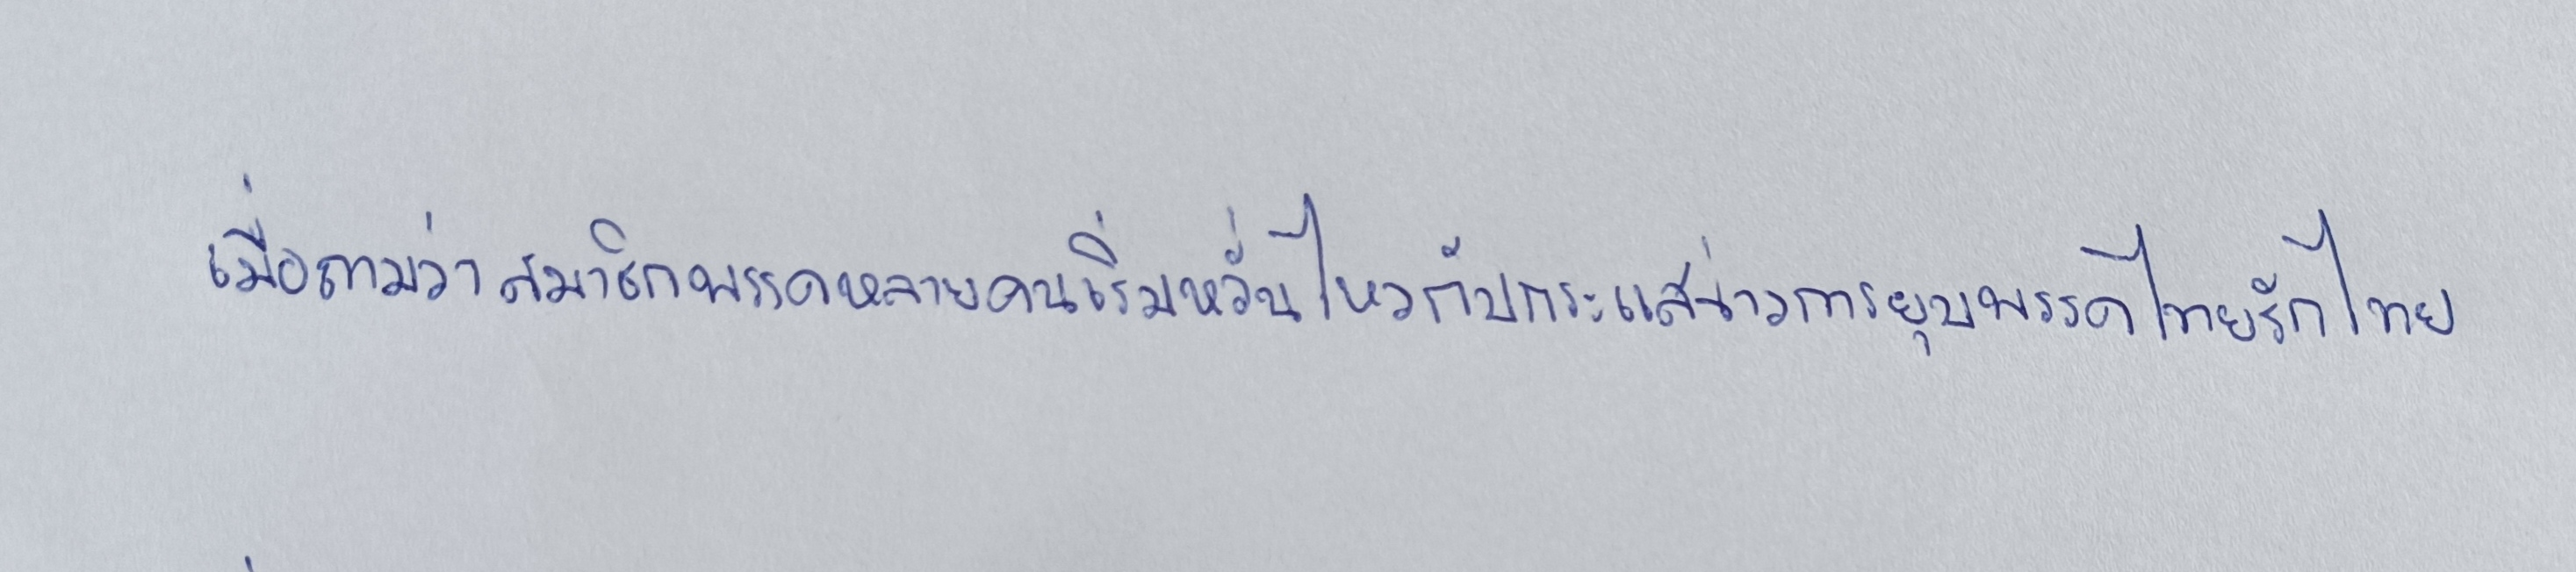
เมื่อถามว่าสมาชิกพรรคหลายคนเริ่มหวั่นไหวกับกระแสข่าวการยุบพรรคไทยรักไทย